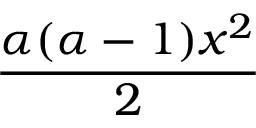
\frac { \alpha ( \alpha - 1 ) x ^ { 2 } } { 2 }